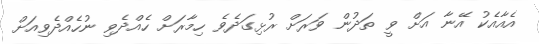
އެއާއެކު އޭނާ އަށް ވީ ތަދުން ވަރަށް ރުޅިގަދެވެ ހިމާރަށް ހެއްދެވި ނުހެއްދެވިއަށް